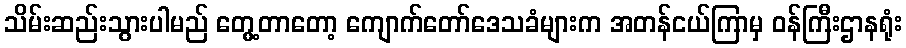
သိမ်းဆည်းသွားပါမည် တွေ့တာတော့ ကျောက်တော်ဒေသခံများက အတန်ငယ်ကြာမှ ဝန်ကြီးဌာနရုံး